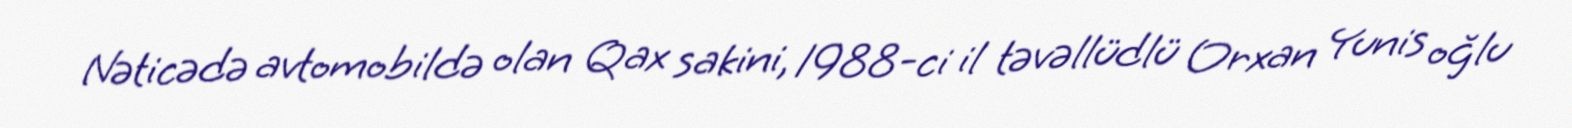
Nəticədə avtomobildə olan Qax sakini, 1988-ci il təvəllüdlü Orxan Yunis oğlu